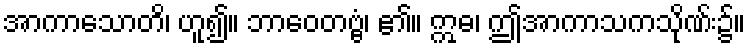
အာကာသောတိ၊ ဟူ၍။ ဘာဝေတဗ္ဗံ၊ ၏။ ဣဓ၊ ဤအာကာသကသိုဏ်း၌။